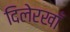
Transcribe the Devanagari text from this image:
दिलेरखाँ